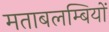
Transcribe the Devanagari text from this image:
मताबलम्बियों